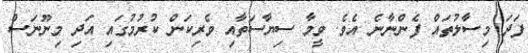
ފަދަ މިސާލުތައް ފެންނާނެ އެވެ. ވީމާ ސިޔާސަތާއި ވެރިކަން ކުރުމުގައި އަދި މިނޫނަސް